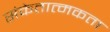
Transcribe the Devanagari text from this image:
संकेतात्मकता